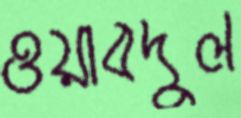
ওয়াবদুল